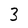
Character: 3